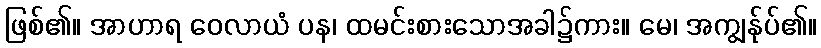
ဖြစ်၏။ အာဟာရ ဝေလာယံ ပန၊ ထမင်းစားသောအခါ၌ကား။ မေ၊ အကျွန်ုပ်၏။